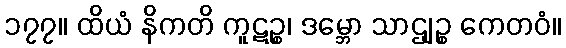
၁၇၇။ ထိယံ နိကတိ ကူဋဉ္စ၊ ဒမ္ဘော သာဌျဉ္စ ကေတဝံ။